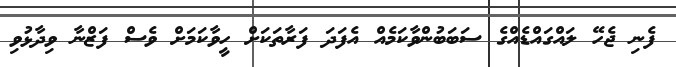
ފެނި ޖެހޭ ލައްގައްޑެއްގެ ސަބަބުންވާކަމެއް އެފަދަ ފަރާތަކަށް ހީވާކަމަށް ވެސް ފަޒްނާ ވިދާޅުވި